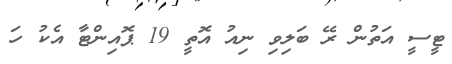
ޓީސީ އަތުން ރޭ ބަލިވި ނިއު އޮތީ 19 ޕޮއިންޓާ އެކު ހަ